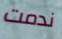
ندمت